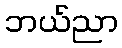
ဘယ်ညာ